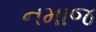
નમાજ